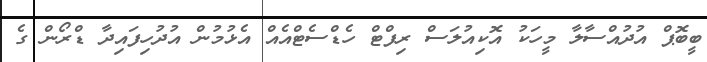
ބީބޮޕް އުދުއްސާލާ މީހަކު އޮކިއުލަސް ރިފްޓް ހެޑްސެޓްއެއް އެޅުމުން އުދުހިފައިދާ ޑްރޯން ގެ